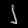
Digit: ၂